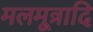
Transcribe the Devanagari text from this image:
मलमूत्रादि